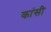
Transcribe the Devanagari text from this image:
कांसी